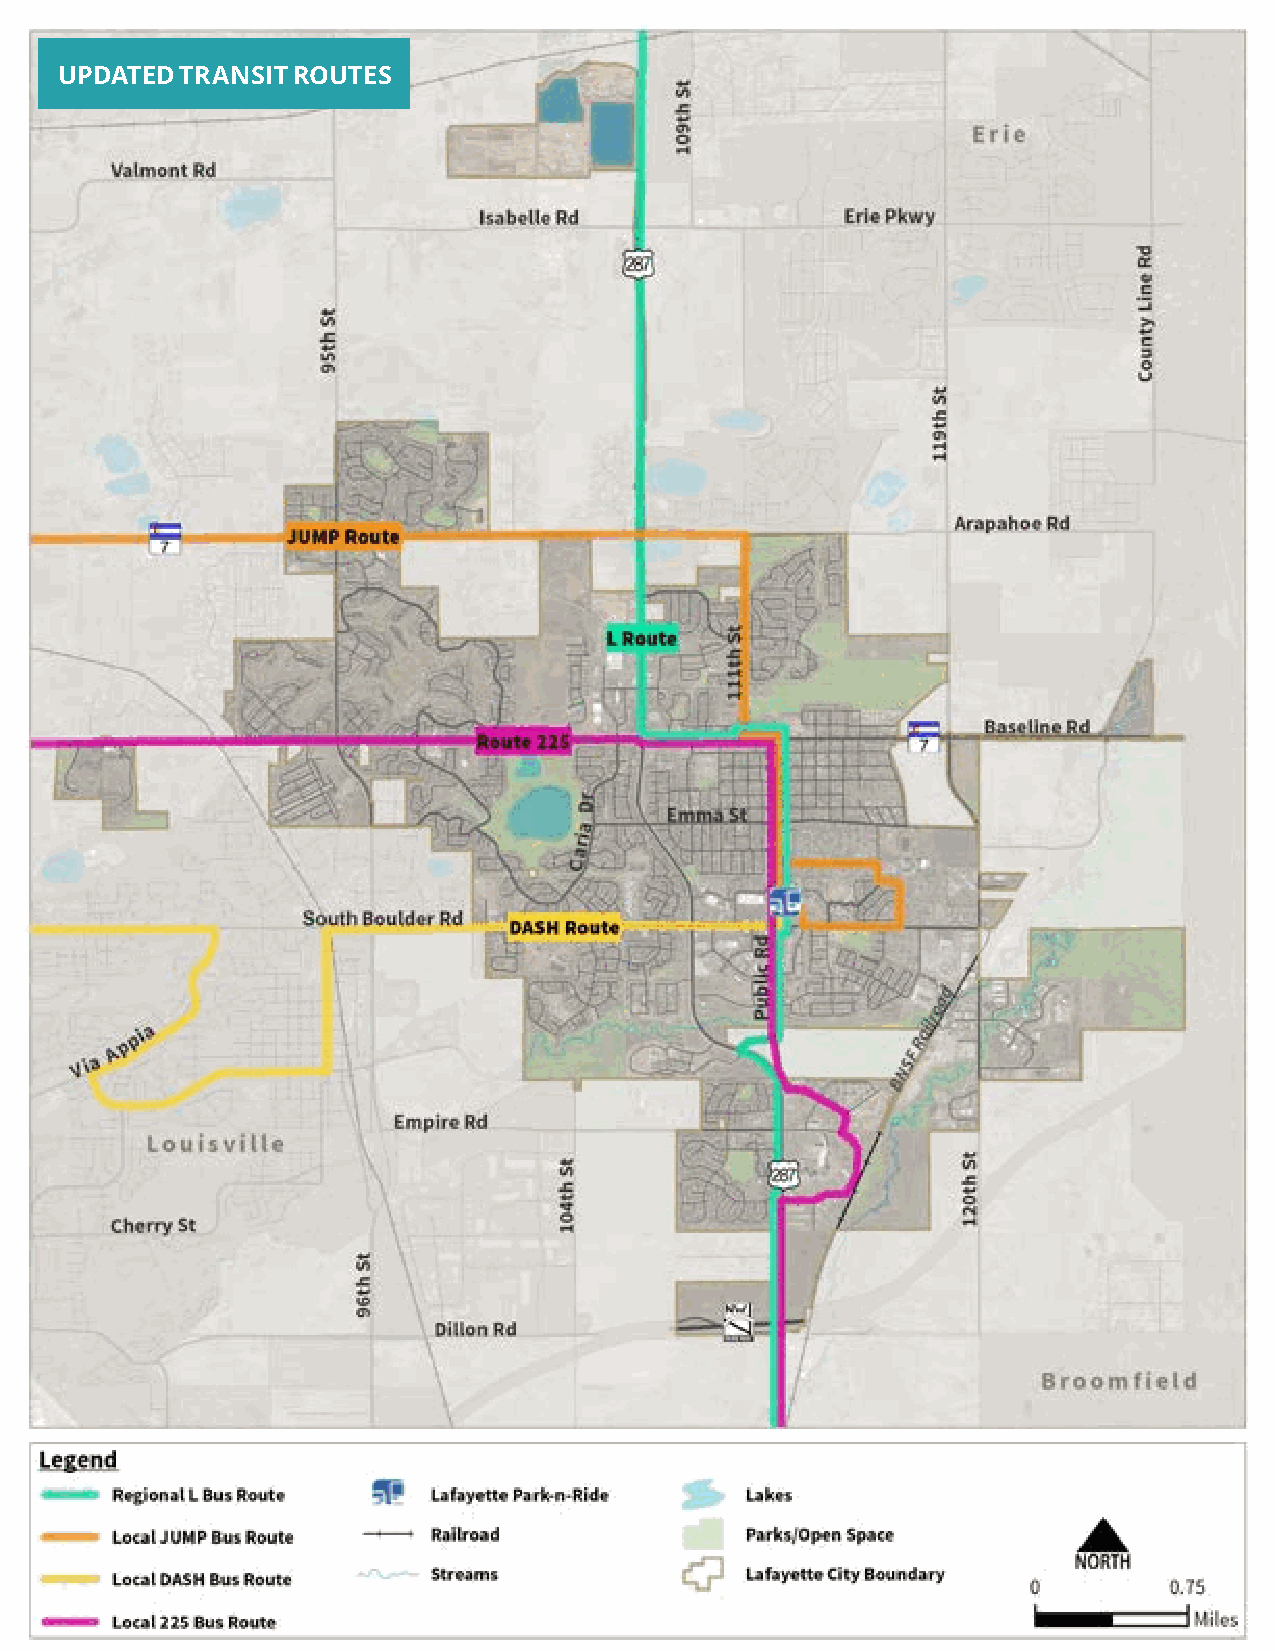
APPENDIX C: COMMUNITY ASSESSMENT                           Lafayette
 UPDATED TRANSIT ROUTES                                      Comprehensive
 Plan
 60